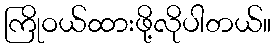
ကြိုဝယ်ထားဖို့လိုပါတယ်။